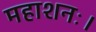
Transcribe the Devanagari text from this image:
महाशनः।